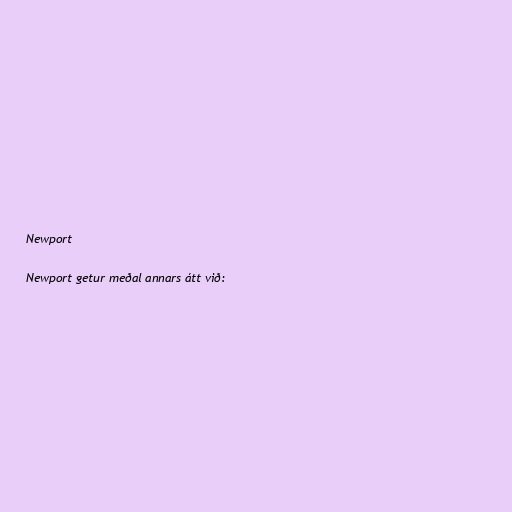
Newport

Newport getur meðal annars átt við: